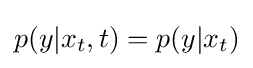
p(y|x_{t},t)=p(y|x_{t})